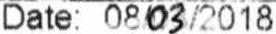
DATE: 08/03/2018